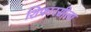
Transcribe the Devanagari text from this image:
शिफारसीला